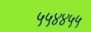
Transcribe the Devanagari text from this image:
५५४४५५